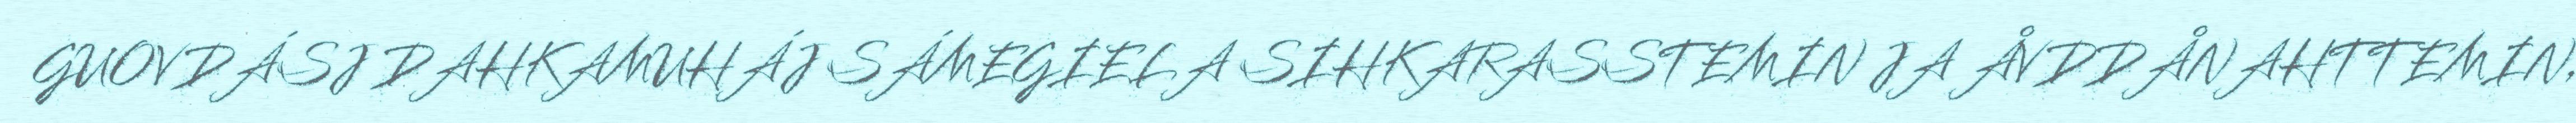
GUOVDÁSJ DAHKAMUHÁJ SÁMEGIELA SIHKARASSTEMIN JA ÅVDDÅNAHTTEMIN,